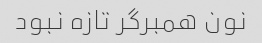
نون همبرگر تازه نبود